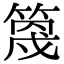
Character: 𥯣